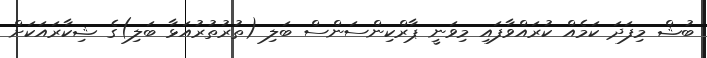
ބުޝް މިފަދަ ކަމެއް ކުރައްވާފައި މިވަނީ ޕާރްކިންސަންސް ބަލި (ތުރުތުރުއަޅާ ބަލި)ގެ ޝިކާރައަކަށް